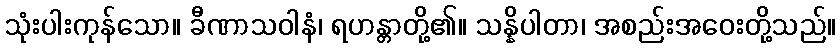
သုံးပါးကုန်သော။ ခီဏာသဝါနံ၊ ရဟန္တာတို့၏။ သန္နိပါတာ၊ အစည်းအဝေးတို့သည်။